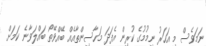
ނަމަވެސް މި އަހަރު ނިމުމުގެ ކުރިން އެފަދަ މަހާސިންތާއެއް ބޭއްވޭތޯ ބައްލަވާނެ ކަމަށް